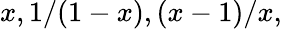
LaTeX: x,1/(1-x),(x-1)/x,